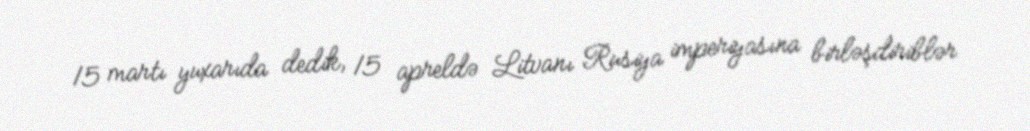
15 martı yuxarıda dedik, 15 apreldə Litvanı Rusiya imperiyasına birləşdiriblər